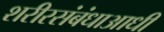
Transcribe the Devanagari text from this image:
शरीरसंबंधाआधी